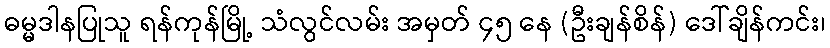
ဓမ္မဒါနပြုသူ ရန်ကုန်မြို့ သံလွင်လမ်း အမှတ် ၄၅ နေ (ဦးချန်စိန်) ဒေါ်ချိန်ကင်း၊